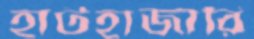
হাটহাজারি